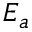
E _ { a }